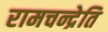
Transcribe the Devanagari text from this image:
रामचन्द्रेति